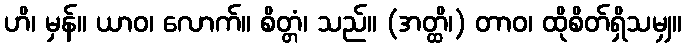
ဟိ၊ မှန်။ ယာဝ၊ လောက်။ စိတ္တံ၊ သည်။ (အတ္ထိ၊) တာဝ၊ ထိုစိတ်ရှိသမျှ။